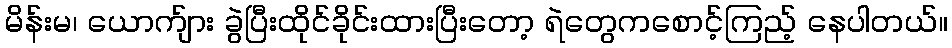
မိန်းမ၊ ယောက်ျား ခွဲပြီးထိုင်ခိုင်းထားပြီးတော့ ရဲတွေကစောင့်ကြည့် နေပါတယ်။